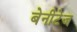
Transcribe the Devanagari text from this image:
बेनीटेज